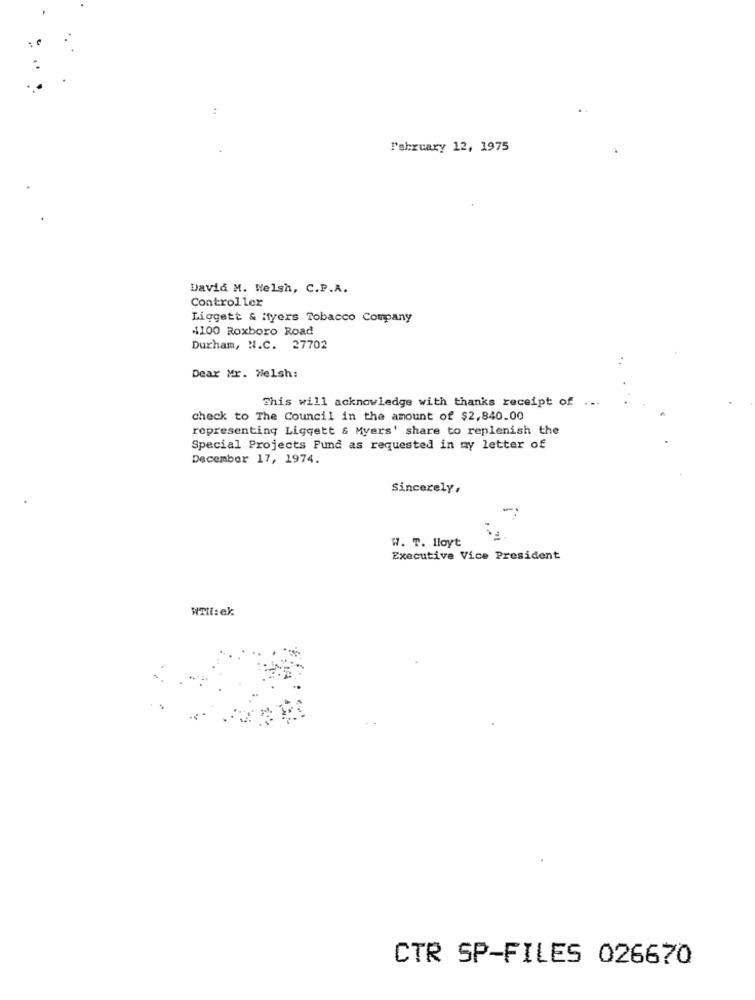
:
February 12, 1975
David M. Welsh, C.P.A.
Controller
Liggett & Myers Tobacco Company
4100 Roxboro Road
Durham, N.C. 27702
Dear Mr. Welsh:
This will acknowledge with thanks receipt of ...
check to The Council in the amount of $2,840.00
representing Liggett & Myers' share to replenish the
Special Projects Pund as requested in my letter of
December 17, 1974.
Sincerely,
W. T. Iloyt
Executive Vice President
WTlf:ek:
CTR SP-FILES 026670